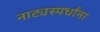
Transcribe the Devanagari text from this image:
नाट्यस्पर्धांना